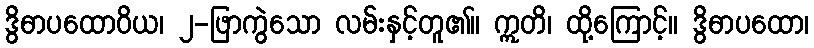
ဒွိဓာပထောဝိယ၊ ၂-ဖြာကွဲသော လမ်းနှင့်တူ၏။ ဣတိ၊ ထို့ကြောင့်။ ဒွိဓာပထော၊